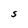
Character: S